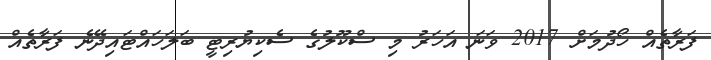
ފަރާތެއް ހޯދުމަށް 2017 ވަނަ އަހަރު މި ސްކޫލުގެ ސެކިޔުރިޓީ ބަލަހައްޓައިދޭނެ ފަރާތެއް